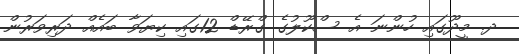
ދ. މީދޫގައި ހުންނަ އެ ސްކޫލުގެ ގްރޭޑް 12ގައި ކިޔަވާ ބައެއް ދަރިވަރުން